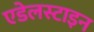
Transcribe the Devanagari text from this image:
एडेलस्टाइन